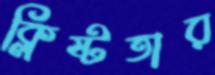
ক্লিষ্টতার